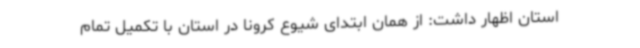
استان اظهار داشت: از همان ابتدای شیوع کرونا در استان با تکمیل تمام